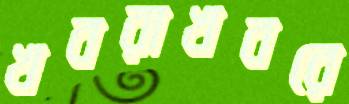
খবরাখবরে